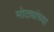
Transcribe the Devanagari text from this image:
मोठ्यांच्या